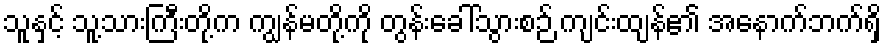
သူနှင့် သူ့သားကြီးတို့က ကျွန်မတို့ကို တွန်းခေါ်သွားစဉ် ကျင်းထျန်၏ အနောက်ဘက်ရှိ